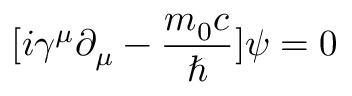
[ i \gamma ^ { \mu } \partial _ { \mu } - { \frac { m _ { 0 } c } { \hbar } } ] \psi = 0